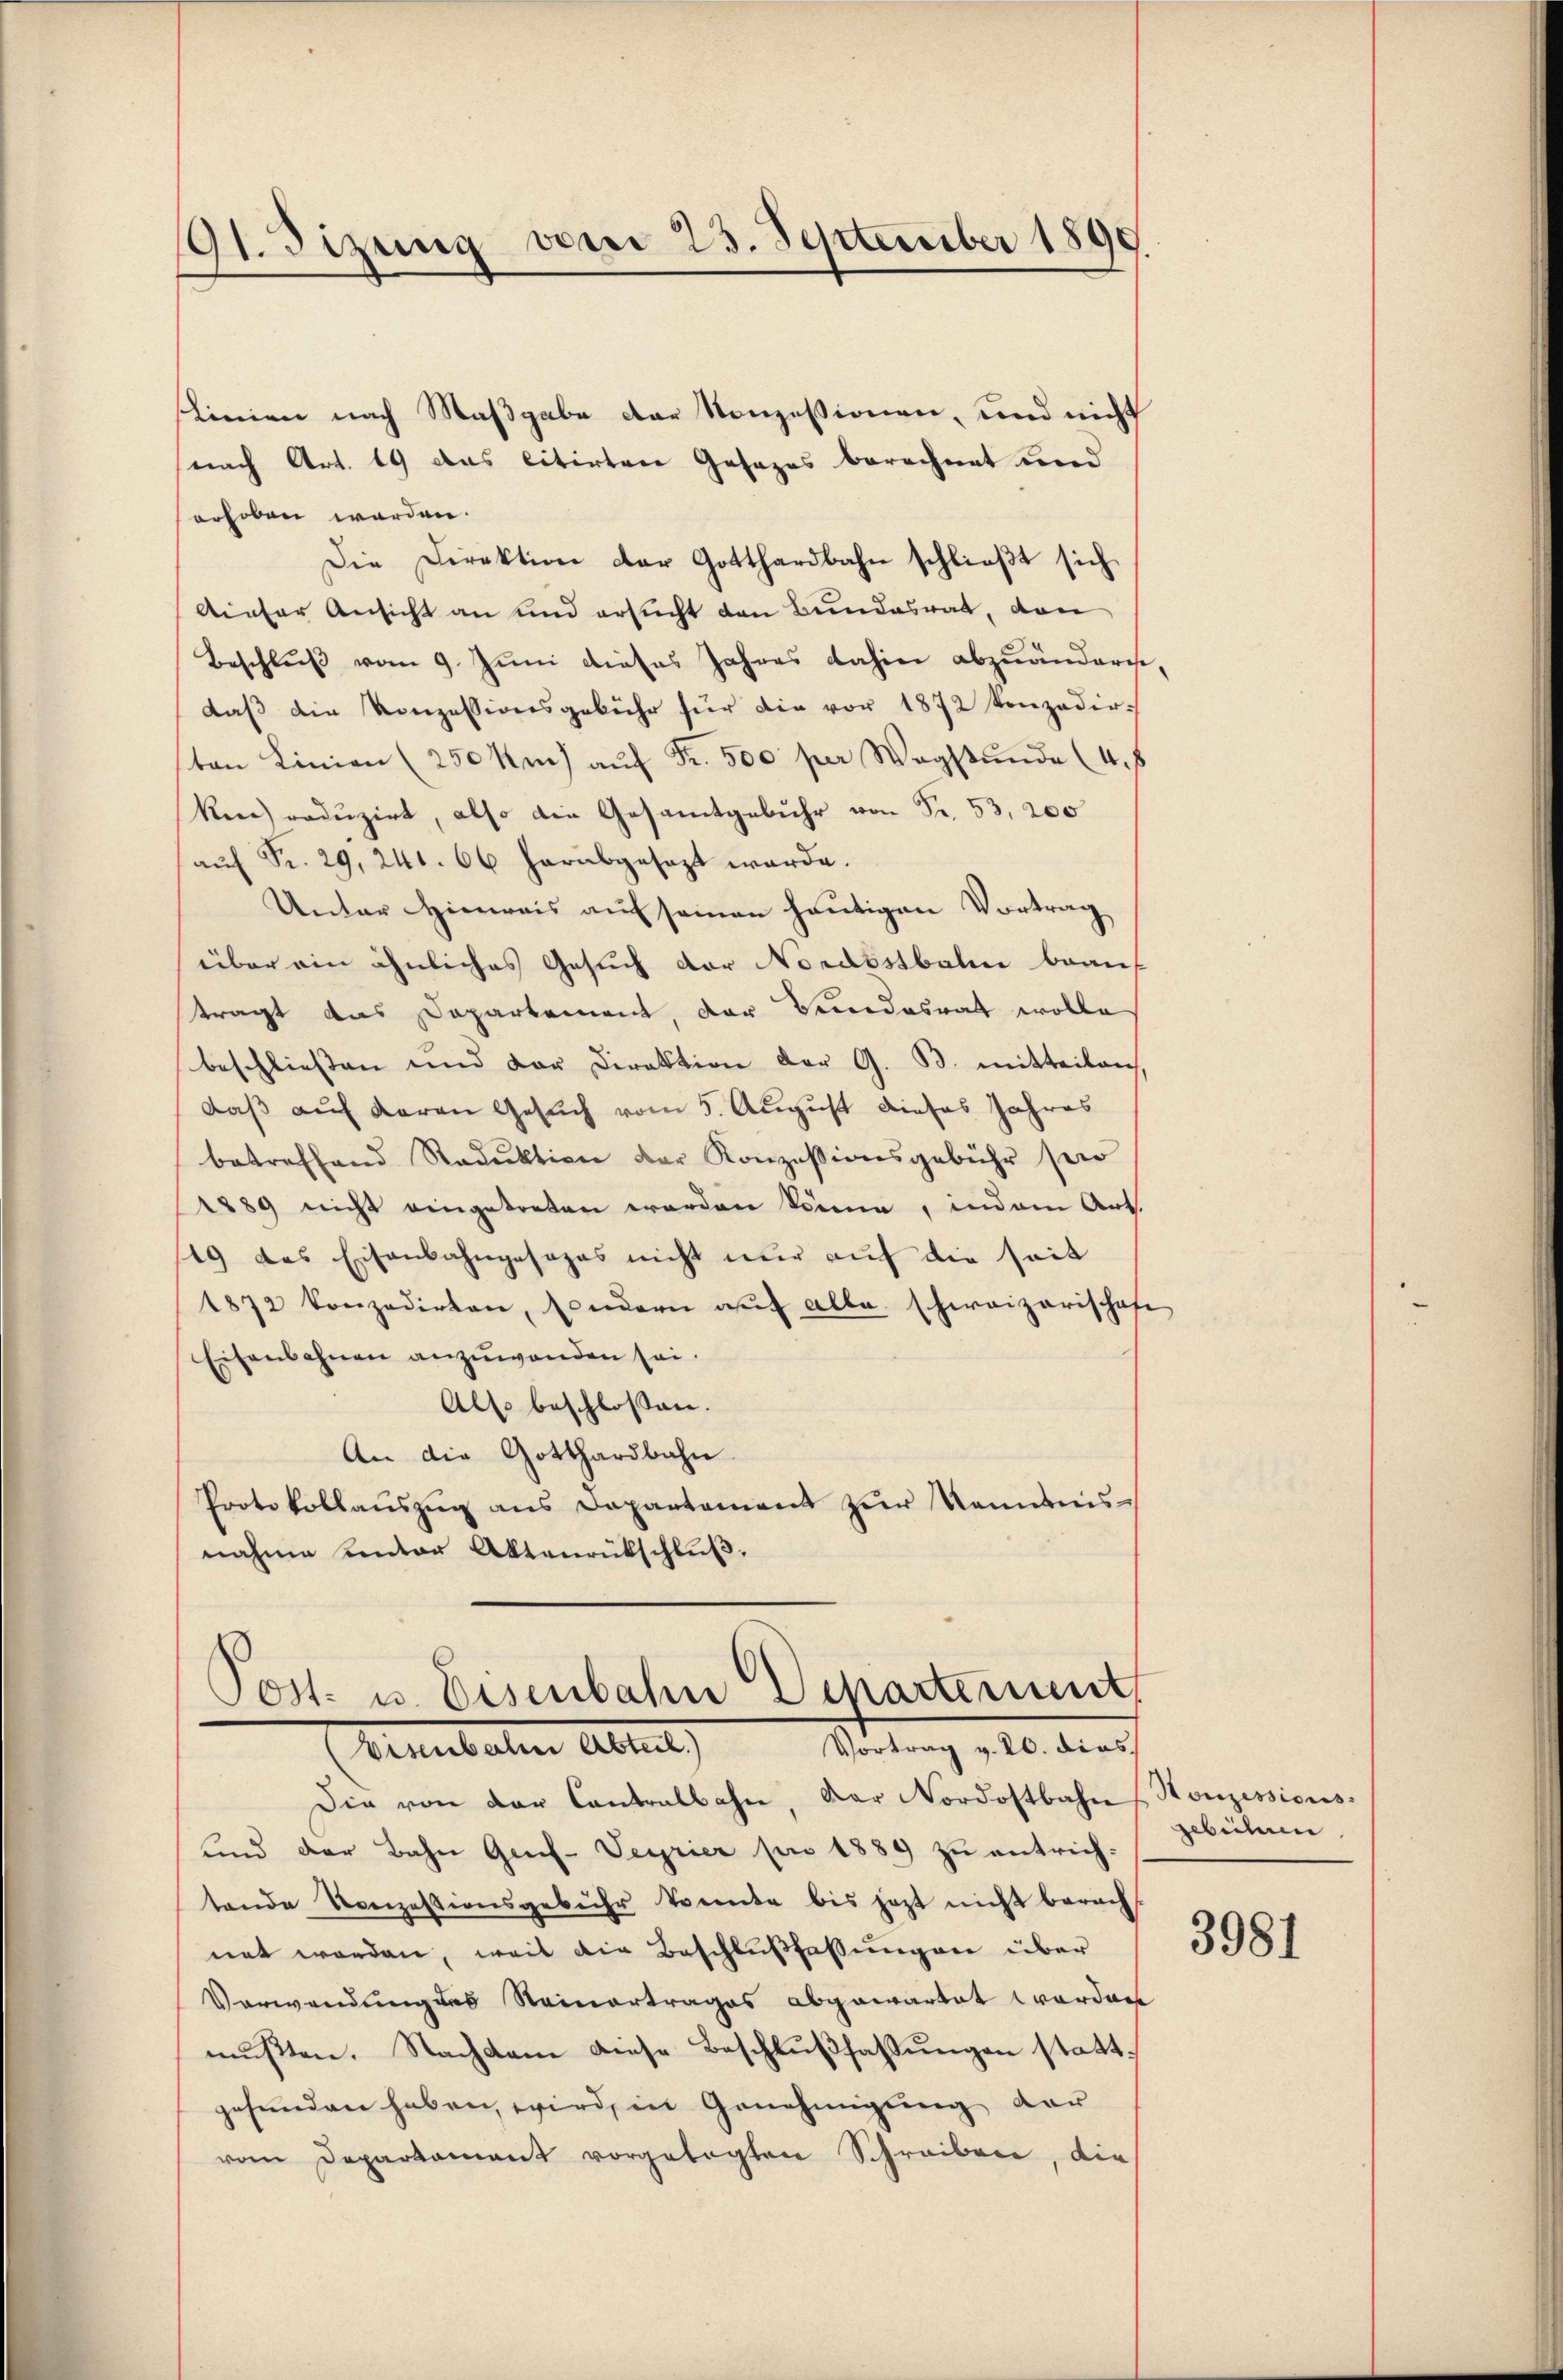
191. Sizung vom 23. September 1890.

linien nach Maßgabe der Konzessionen, und nicht
nach Art. 19 das citirten Gesezes berechnet und
erhoben werden.
Die Direktion der Gotthardbahn schließt sich
Aieser Ansicht an und ersucht den Bundesrat, dan
Beschluß vom 9. Juni dieses Jahres dahin abzuändern,
daβ die Konzessionsgebühr für die vor 1872 Konzedirton Linien (250 km aŭf Fr. 500 per Wegstunde (48
ken) reduzirt, also die Gesamtgebühr von Fr. 53, 200
aŭf Fr. 29. 241. 66 herabgesezt werde.
Unter Hinweis auf seinen heutigen Vortrag
über ein ähnliches Gesuch der Nordostbahn beauf
tragt das Dapartement, der Bundesrat wolle
beschließen und der Direktion der G. B. mitteilen,
daß auf daran Gesuch vom 5. August dieses Jahres
betreffend Reduktion der Konzessionsgebühr sei
1889 nicht eingetreten worden könne, indem Art.
19 des Eisenbahngesages nicht nur auf die seit
1872 konzedirten, sondern aŭf alle schweizerischafe
Eisenbahnen anzuwenden sei.
Also beschlossen.
An die Gotthardbahn
Protokollaŭszŭg ans Departament zŭr Kenntnisnahme unter Aktenrückschluß.

Post- u. Eisenbahn Departement
Vortrag v. 20. dies
benebaten Alter,

Die von der Contralbahn, der Nordostbahn Honzessions¬
und der Bahn Gech-Veyrier pro 1889 zu entrich-
tende Konzessionsgebühr konnte bis jezt nicht berech
net werden, weil die Beschlußfassungen über
Verwendung des Steinertrages abgewartet worden
mußten. Nachdem diese Beschlußfassungen stattgefunden haben, wird, in Genehmigung dar
vom Departament vorgelegten Schreiben, die

gebühren

3981